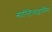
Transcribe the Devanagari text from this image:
स्पाॅन्डिलाइसिस